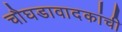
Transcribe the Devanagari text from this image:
चौघडावादकांची